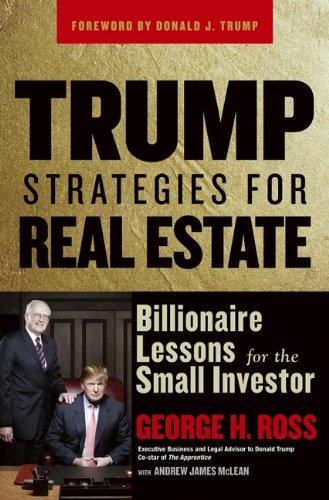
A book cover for Trump Strategies for Real Estate: Billionaire Lessons for the Small Investor; George H. Ross; Business & Money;